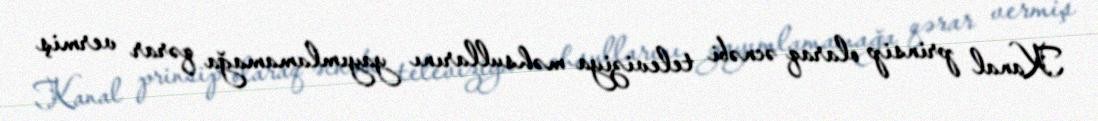
Kanal prinsip olaraq əcnəbi televiziya məhsullarını yayımlamamağa qərar vermiş